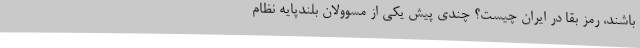
باشند، رمز بقا در ایران چیست؟ چندی پیش یکی از مسوولان بلندپایه نظام